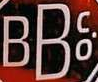
BBC.O